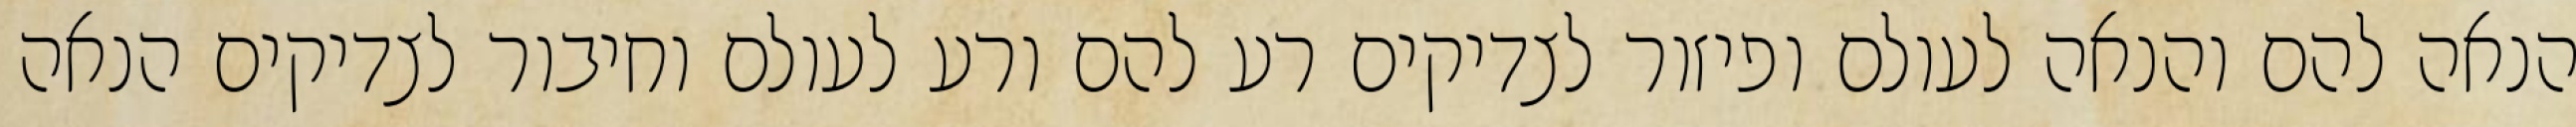
הנאה להם והנאה לעולם ופיזור לצדיקים רע להם ורע לעולם וחיבור לצדיקים הנאה